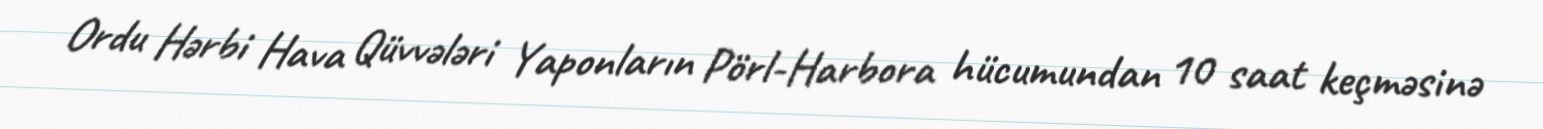
Ordu Hərbi Hava Qüvvələri Yaponların Pörl-Harbora hücumundan 10 saat keçməsinə